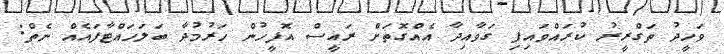
ވަހީދު ތަގްރީރު ކުރައްވައިފި ގަވާއިދާ އެއްގޮތަށް ރައީސް އޮފީހުން ހަރުމުދާ ބަލަހައްޓާފައެއް ނެތް: